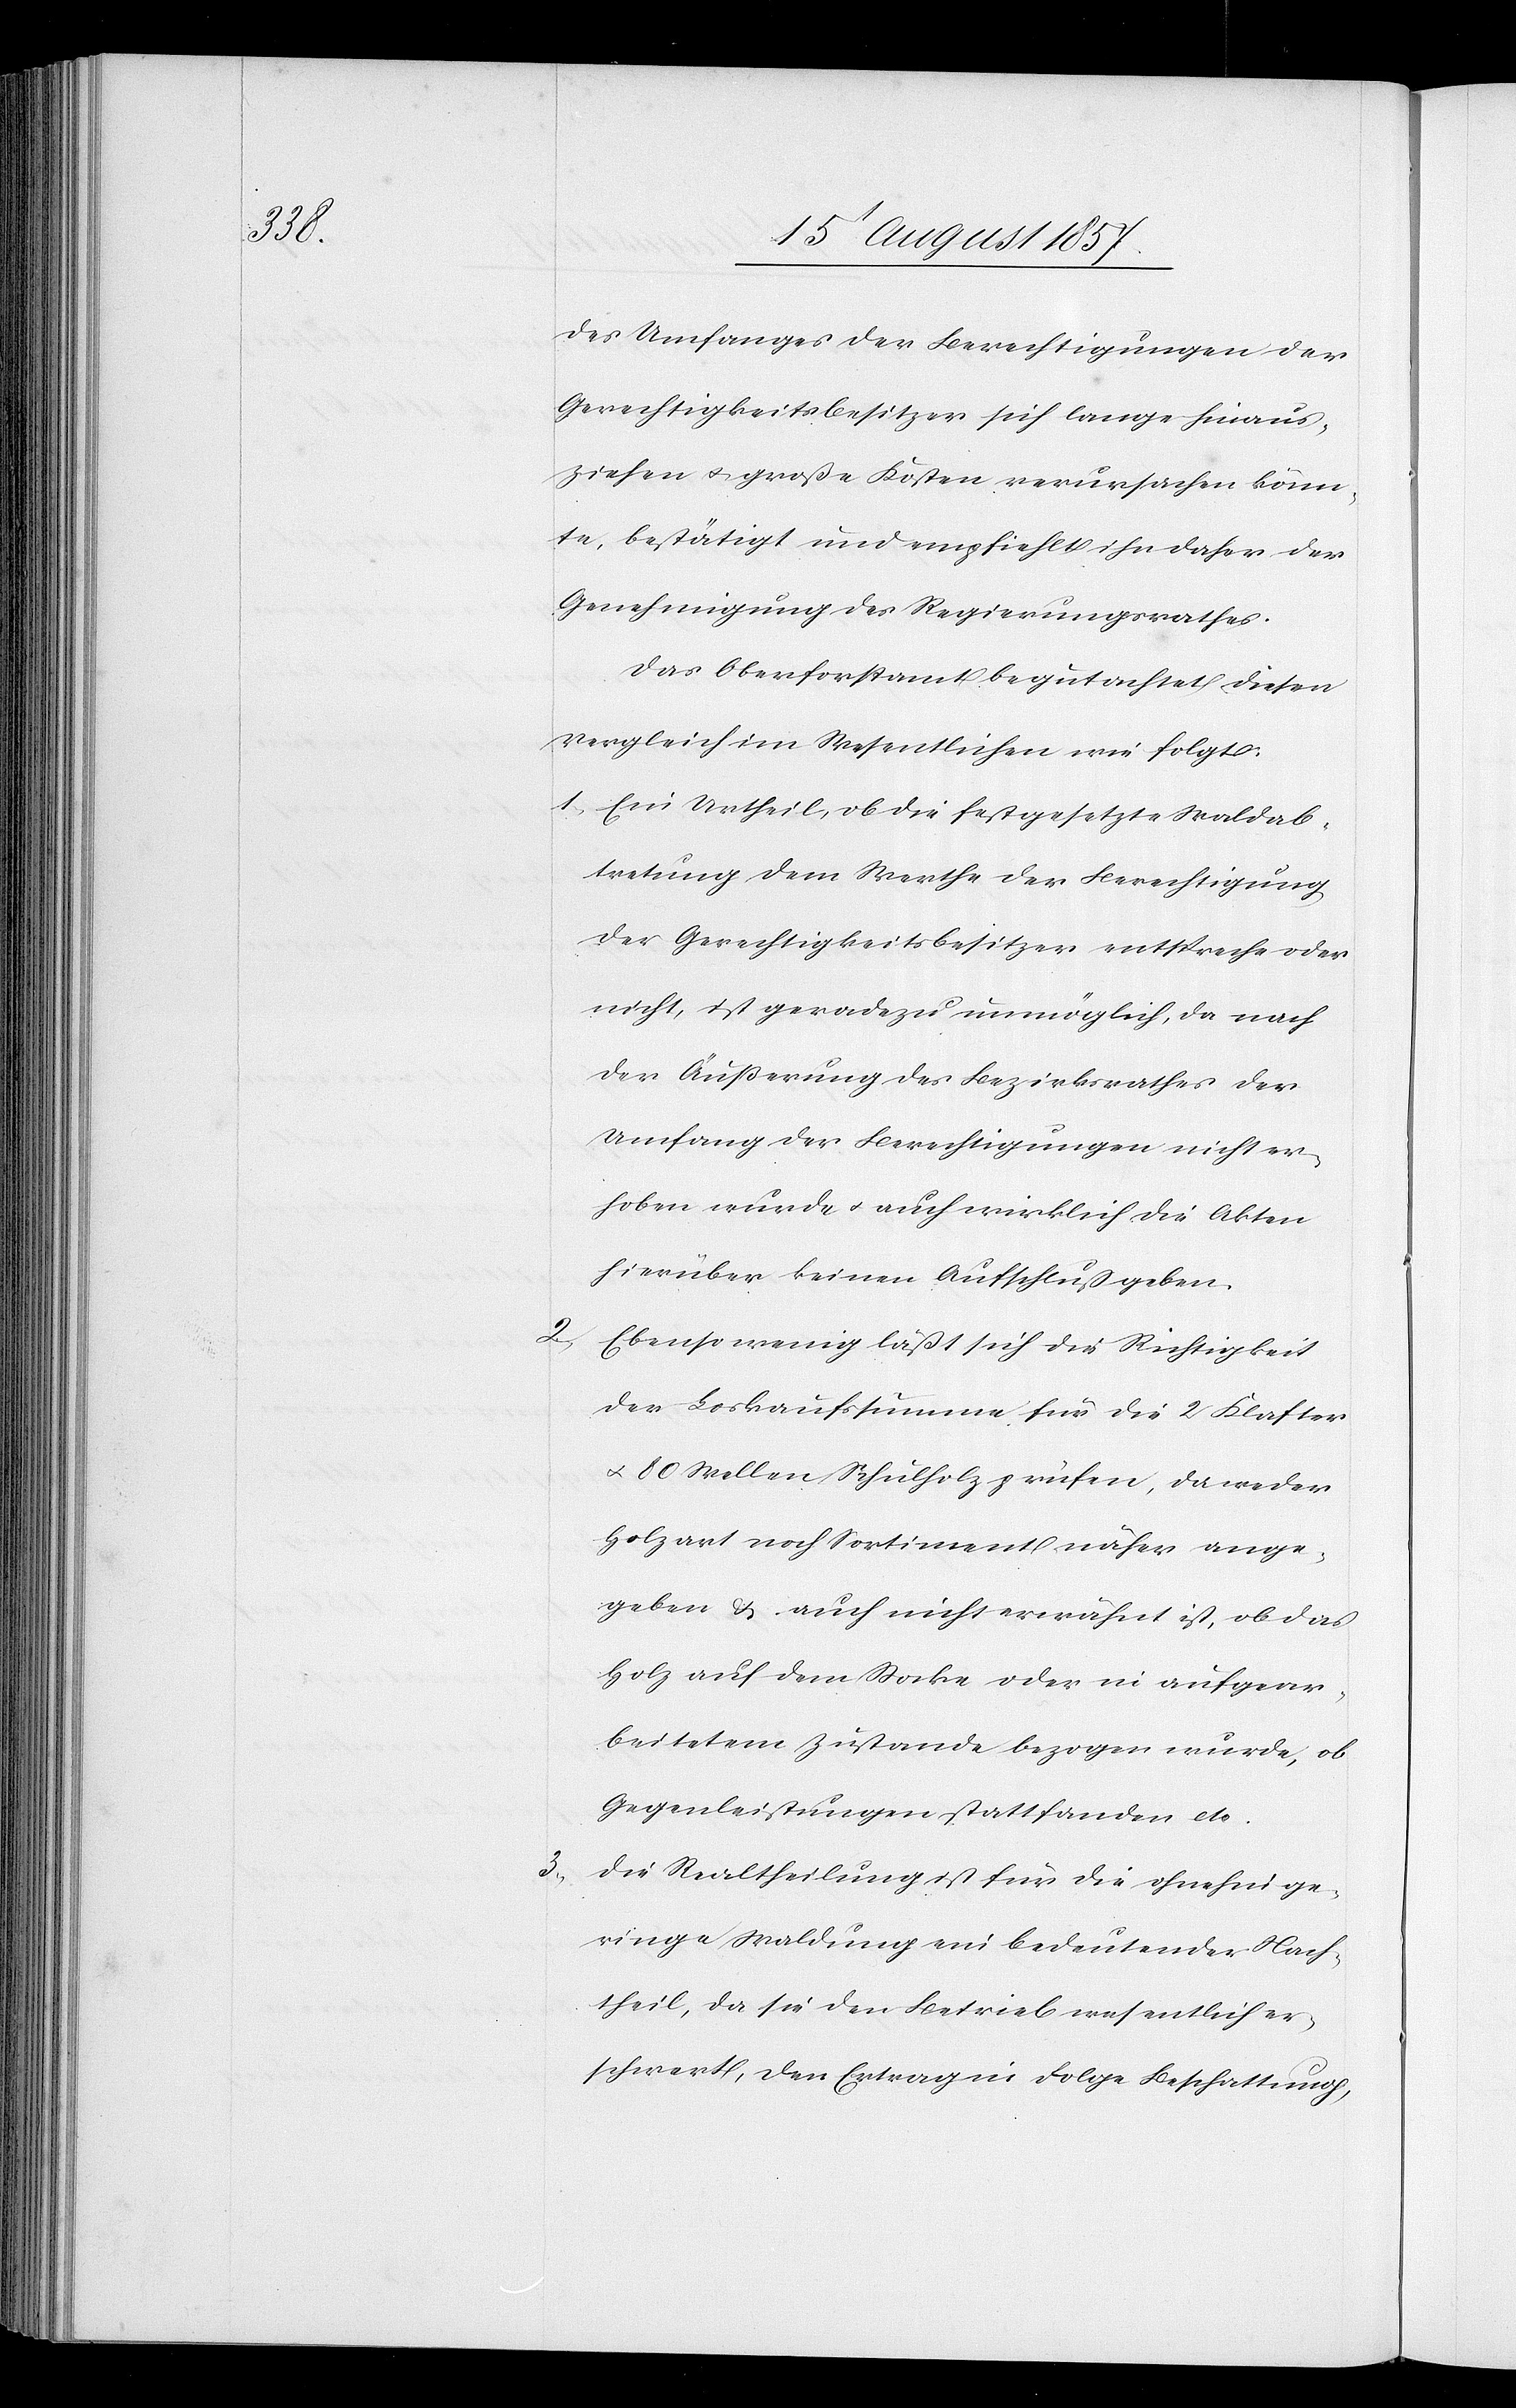
des Umfanges der Berechtigungen der
Gerechtigkeitsbesitzer sich lange hinaus¬
ziehen & große Kosten verursachen könn¬
te, bestätigt und empfiehlt daher der
Genehmigung des Regierungsrathes.
Das Oberforstamte begutachtet diesen
Vergleich im Wesentlichen wie folgt:
1) Ein Urtheil, ob die festgesetzte Waldab¬
tretung dem Werthe der Berechtigung
der Gerechtigkeitsbesitzer entspreche oder
nicht, ist geradezu unmöglich, da nach
der Äußerung des Bezirksrathes der
Umfang der Berechtigungen nicht er¬
hoben wurde & auch wirklich die Akten
hierüber keinen Aufschluß geben.
Ebenso wenig läßt sich die Richtigkeit
der Loskaufssumme für die 2 Klafter
& 80 Wellen Schulholz prüfen, da weder
Holzart noch Sortiment näher ange¬
geben & auch nicht erwähnt ist, ob das
Holz auf dem Stocke oder in aufgear¬
beitetem Zustand bezogen wurde, ob
Gegenleistungen stattfanden etc.
3) Die Realtheilung für die ohnehin ge¬
ringe Waldung ein bedeutender Nach¬
theil, da sie den Betrieb wesentlich er¬
schwert, den Ertrag in Folge Beschattung,